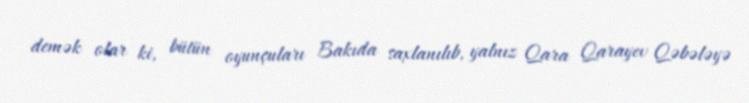
demək olar ki, bütün oyunçuları Bakıda saxlanılıb, yalnız Qara Qarayev Qəbələyə